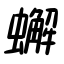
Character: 蠏